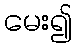
မေး၍